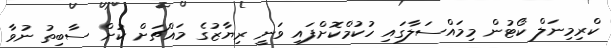
ކްރިމިނަލް ކޯޓުން މިމައްސަލާގައި ހުކުމްކޮށްފައި ވަނީ ރިޔާޒުގެ މައްޗަށް ކުށް ސާބިތު ނުވާ